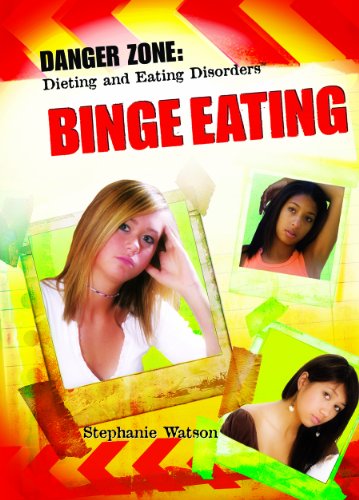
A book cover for Binge Eating (Danger Zone: Dieting and Eating Disorders); Stephanie Watson; Health, Fitness & Dieting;